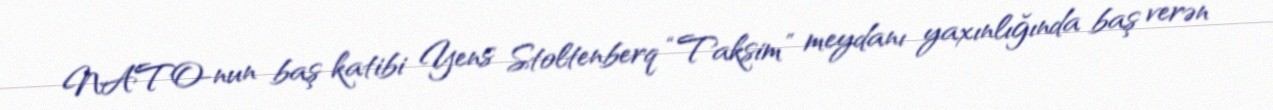
NATO-nun baş katibi Yens Stoltenberq “Taksim” meydanı yaxınlığında baş verən